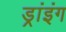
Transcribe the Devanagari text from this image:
ड्रांइंग